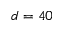
d = 4 0